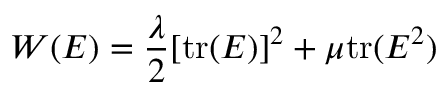
W ( { \boldsymbol { E } } ) = { \frac { \lambda } { 2 } } [ { \mathrm { t r } } ( { \boldsymbol { E } } ) ] ^ { 2 } + \mu { \mathrm { t r } } ( { \boldsymbol { E } } ^ { 2 } )